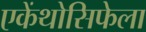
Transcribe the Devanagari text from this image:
एकेंथोसिफेला